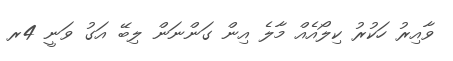
ވާއިރު ހަކުރު ކިލޯއެއް މާލެ އިން ގަންނަން ލިބޭ އަގު ވަނީ 4ރ